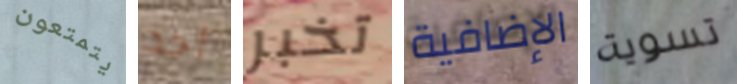
يتمتعون أحد تخبر الإضافية تسوية